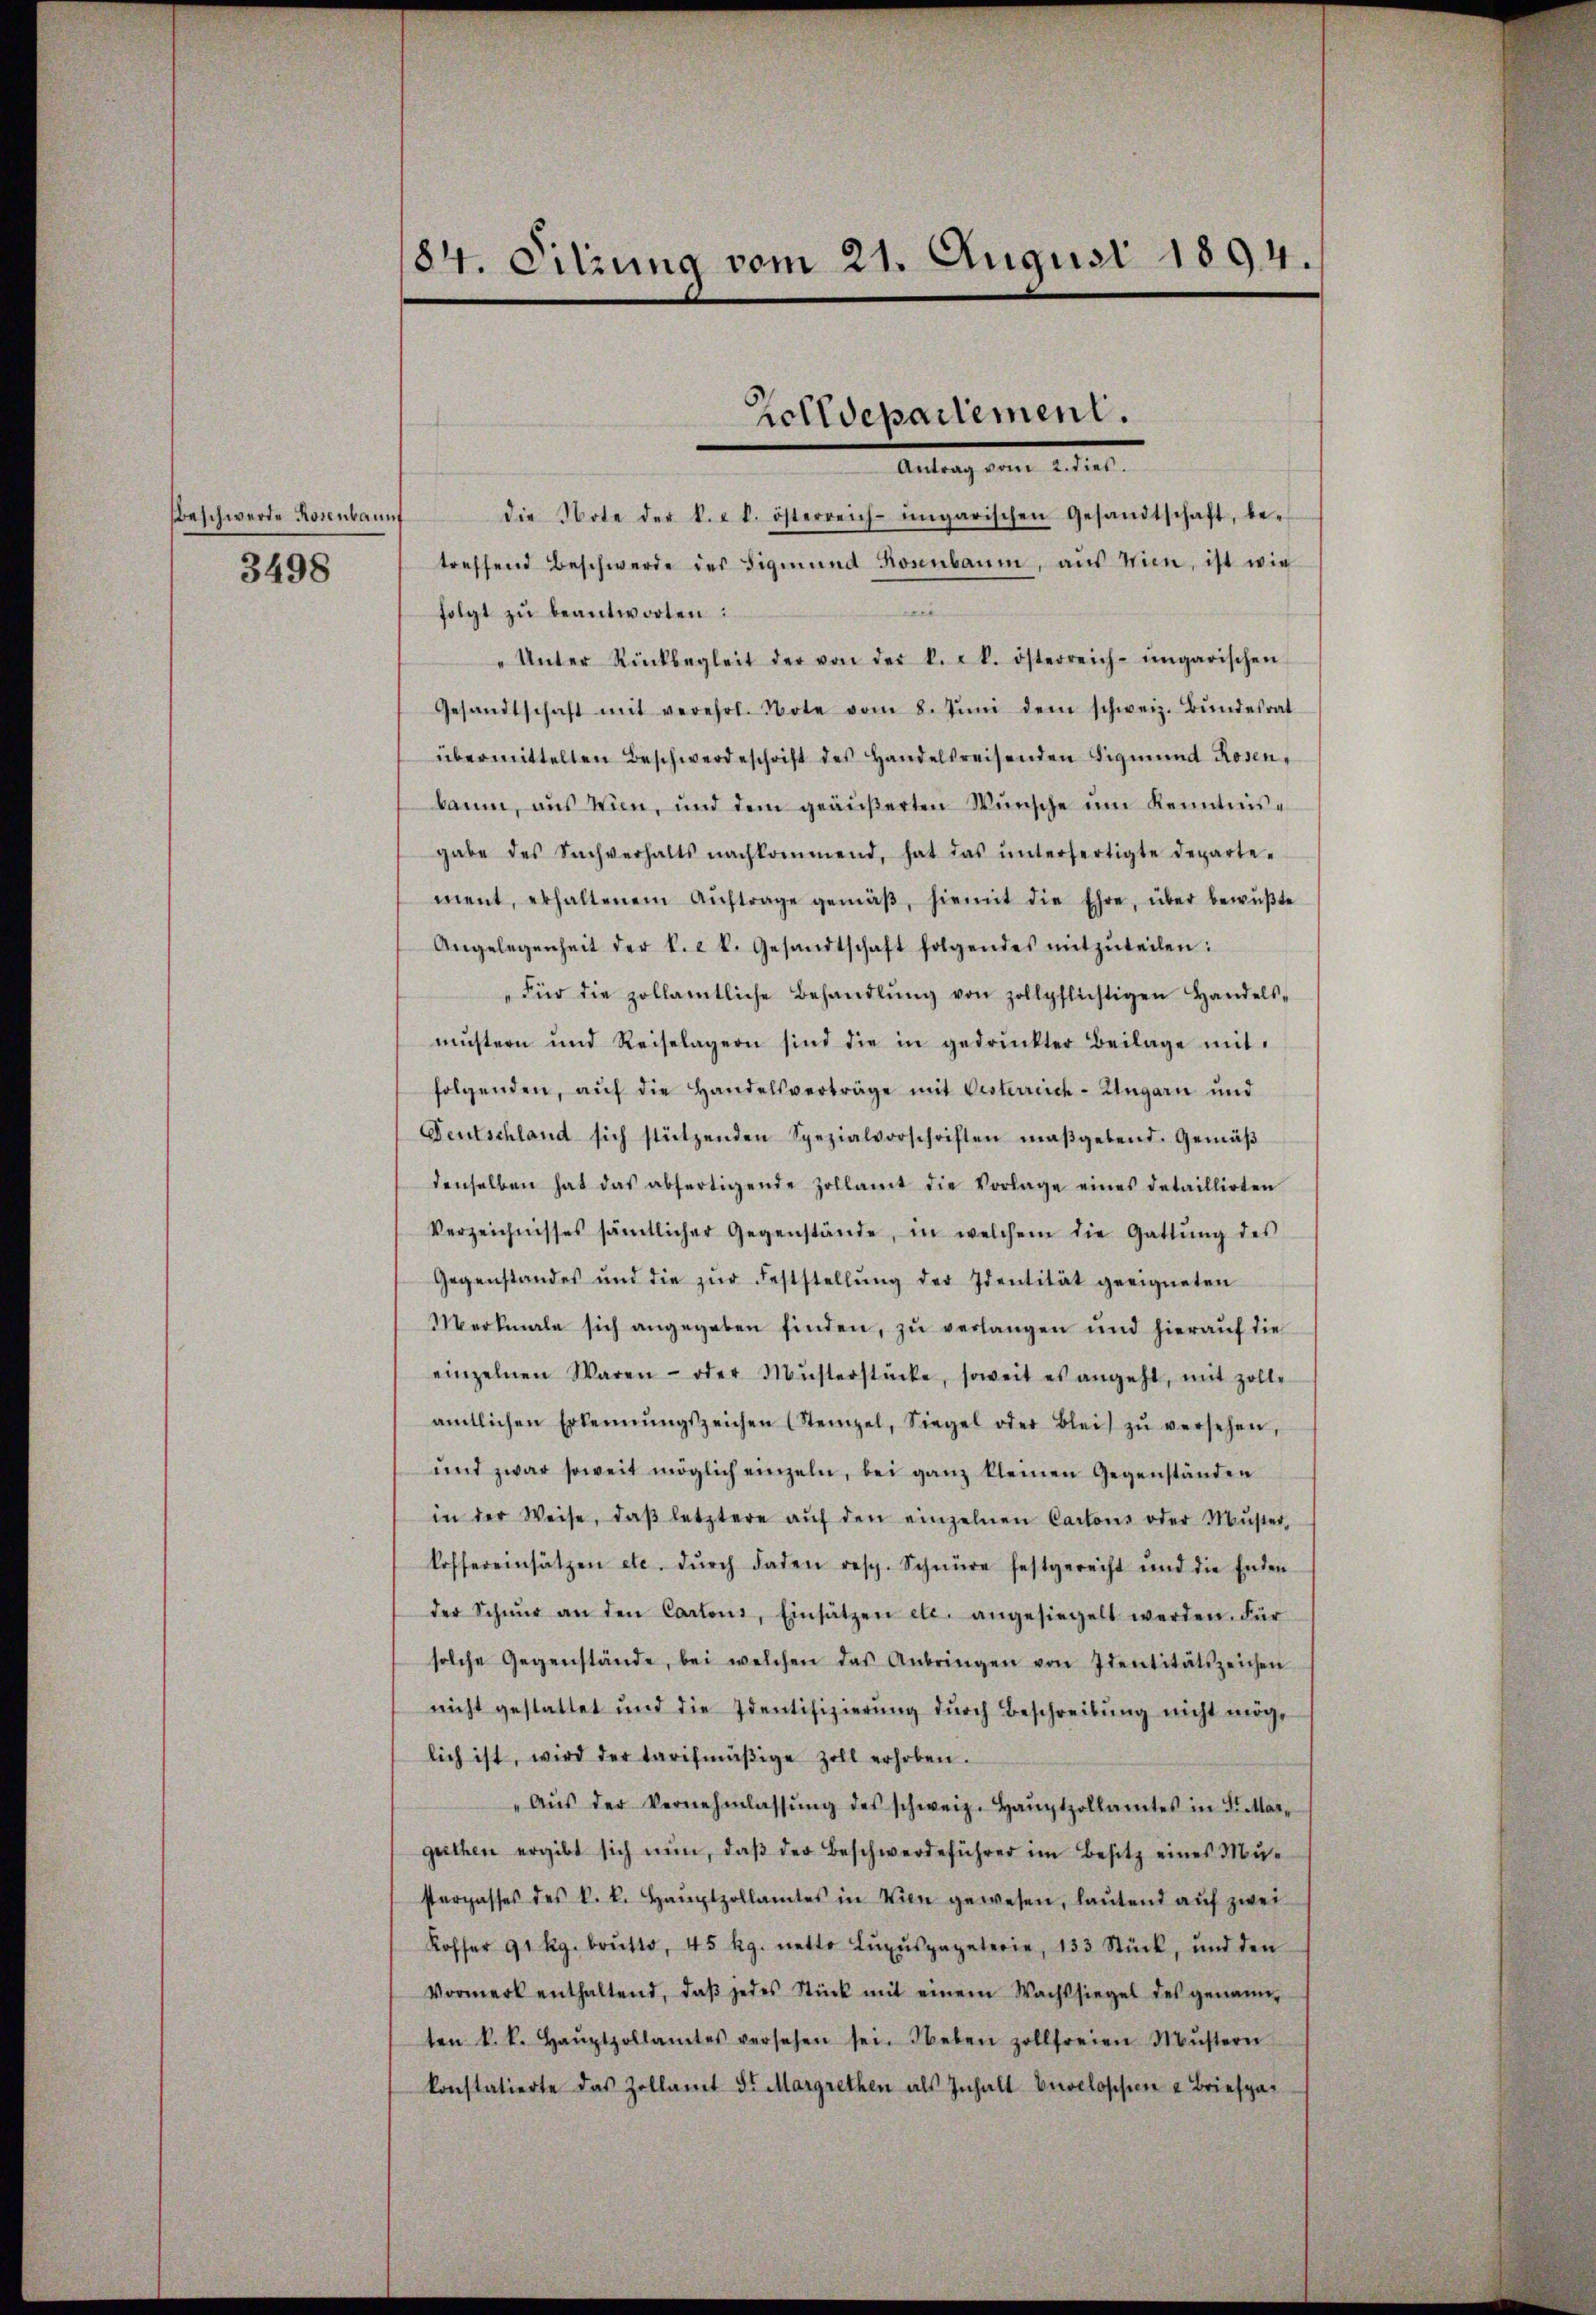
Beschwerde Rosenbannt
3498

84. Sitzung vom 21. August 1894.

die Note der k. k. österreich-ungarischen Gesandtschaft, be-
treffend Beschwerde des Sigmund Kornbaum, aus Wien, ist wie
folgt zŭ beantworten:
"Unter Rückbegleit der von der k. k. österreich-ungarischen
Gesandtschaft mit verehrt. Note vom 8. Jŭni dem schweiz. Bŭndesrat
übermittelten Beschwerdeschrift des Handelsreisenden Sigmund Rosen-
baum, aus Wien, und dem geäŭβerten Wünsche im Kenntnis-
gabe des Sachverhalts nachkommend, hat das ŭnterfertigte Departe-
ment, erhaltenem Aŭftrage gemäβ, hiemit die Ehre, über bewŭβte
Angelegenheit der k. k. Gesandtschaft folgendes mitzŭteilen:
"Für die zollamtliche Behandlŭng von zollpflichtigen Handels-
müstern und Reiselagern sind die in gedruckter Beilage mit
folgenden, aŭf die Handelsverträge mit Oesterreich-Ungarn und
Deutschland sich stützenden Spezialvorschriften maßgebend. Gemäβ
denselben hat das abfertigende Zollamt die Vorlage eines detaillirten
Verzeichnisses sämtlicher Gegenstände, in welchem die Gattŭng des
Gegenstandes und die zŭr Feststellŭng der Identität geeigneten
Merkmale sich angegeben finden, zu verlangen und hieraŭf die
einzelnen Waren- oder Mŭsterstücke, soweit es angeht, mit Zoll-
amtlichen Erkennungszeichen (Stempel, Siegel oder Blei zŭ versehen,
ŭnd zwar soweit möglich einzeln, bei ganz kleinen Gegenständen
in der Weise, daβ letztere aŭf den einzelnen Cartons oder Mŭster,
koffereinsätzen etc. dŭrch Faden resp. Schnüre festgerecht und die Enden
der Schnur an den Cartons, Einsätzen etc. angesiegelt werden. Für
solche Gegenstände, bei welchen das Anbringen von Identitätszeichen
nicht gestattet und die Identifizierŭng dŭrch Beschreibŭng nicht mög-
lich ist, wird der tarifmäβige Zoll erhoben.
"Aŭs der Vernehmlassŭng des schweiz. Haŭptzollamtes in d. Mar-
guthen ergibt sich nun, daβ der Beschwerdeführer im Besitz eines Mu-
sterpasses des k. k. Hauptzollamtes in Wien gewesen, laŭtend aŭf zwei
Koffer 91 Rg. brutto, 45 kg. netto Lŭpŭspapeterie, 133 Stück, und den
Vormerk enthaltend, daβ jedes Stück mit einem Wachtsiegel des genann-
ten k. k. Haŭptpollamtes versehen sei. Neben zollfreien Mustern
konstatierte das Zollamt 3t Margrethen als Inhalt beveloppen u Briefpa-

Zolldepartement.
Antrag vom 12ten